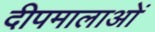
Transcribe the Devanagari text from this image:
दीपमालाओं